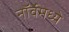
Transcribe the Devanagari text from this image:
नॉर्वेमध्ये